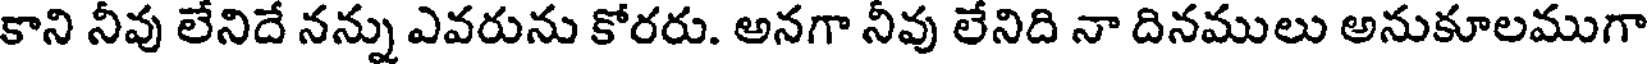
కాని నీవు లేనిదే నన్ను ఎవరును కోరరు. అనగా నీవు లేనిది నా దినములు అనుకూలముగా